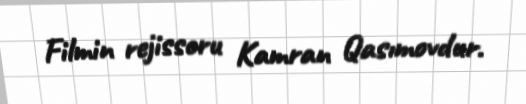
Filmin rejissoru Kamran Qasımovdur.